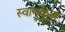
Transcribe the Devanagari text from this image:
स्वानुकूल